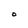
Character: O